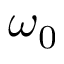
\omega _ { 0 }